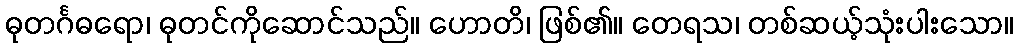
ဓုတင်္ဂဓရော၊ ဓုတင်ကိုဆောင်သည်။ ဟောတိ၊ ဖြစ်၏။ တေရသ၊ တစ်ဆယ့်သုံးပါးသော။